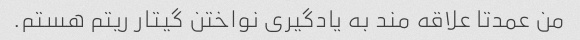
من عمدتا علاقه مند به یادگیری نواختن گیتار ریتم هستم.